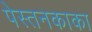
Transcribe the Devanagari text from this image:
पेस्तनकाका